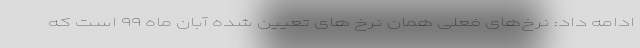
ادامه داد: نرخ‌های فعلی همان نرخ های تعیین شده آبان ماه ۹۹ است که